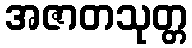
အဇာတသုတ္တ